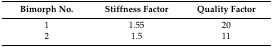
<table><thead><tr><td><b>Bimorph No.</b></td><td><b>Stiffness Factor</b></td><td><b>Quality Factor</b></td></tr></thead><tbody><tr><td>1</td><td>1.55</td><td>20</td></tr><tr><td>2</td><td>1.5</td><td>11</td></tr></tbody></table>